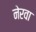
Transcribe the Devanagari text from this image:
नेरवा